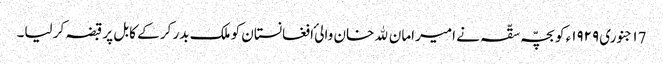
١7 جنوری ١٩٢٩ء کو بچّہ سقّہ نے امیرامان ﷲ خان والیٔ افغانستان کو ملک بدر کر کے کابل پر قبضہ کر لیا۔